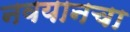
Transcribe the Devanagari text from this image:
नवयानचा